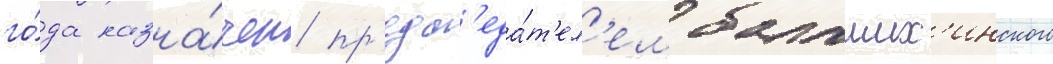
го́да назна́чен пр'едс'еда́т'ел'ем балаших'инского